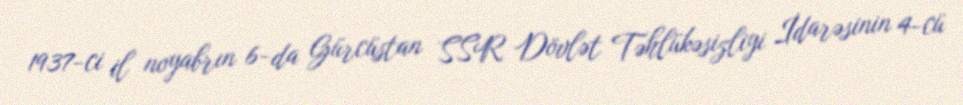
1937-ci il noyabrın 6-da Gürcüstan SSR Dövlət Təhlükəsizliyi İdarəsinin 4-cü